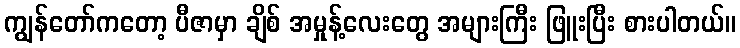
ကျွန်တော်ကတော့ ပီဇာမှာ ချိစ် အမှုန့်လေးတွေ အများကြီး ဖြူးပြီး စားပါတယ်။